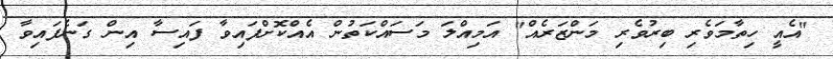
"އެއީ ހިތާމަވެރި ބިރުވެރި މަންޒަރެއް" އަމިއްލަ މަސައްކަތުން އެއްކޮށްފައިވާ ފައިސާ އިން ގަނެފައިވާ